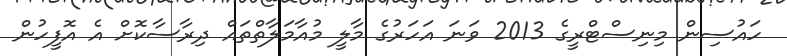
ހައުސިން މިނިސްޓްރީގެ 2013 ވަނަ އަހަރުގެ މާލީ މުއާމަލާތްތައް ދިރާސާކޮށް އެ އޮފީހުން